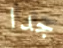
جدا